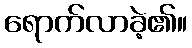
ရောက်လာခဲ့၏။